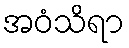
အဝံသိရာ